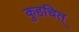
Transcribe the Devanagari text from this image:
कुहचित्